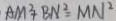
A M ^ { 2 } + B N ^ { 2 } = M N ^ { 2 }